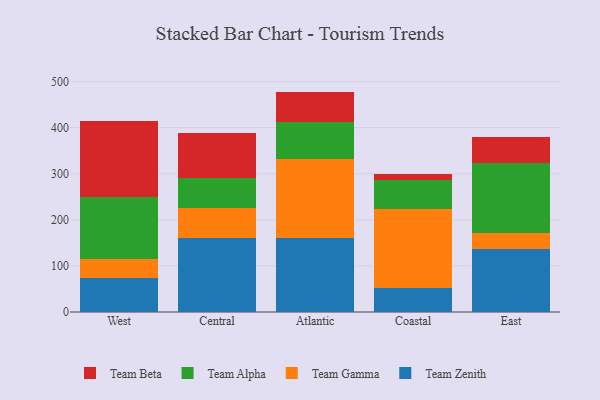
{"axis": {"x": "Region", "y": "Latency (ms)"}, "legend": ["Team Alpha", "Team Beta", "Team Gamma", "Team Zenith"], "data": [{"x": "West", "y": 73.8, "type": "Team Zenith"}, {"x": "West", "y": 41.6, "type": "Team Gamma"}, {"x": "West", "y": 134.4, "type": "Team Alpha"}, {"x": "West", "y": 164.2, "type": "Team Beta"}, {"x": "Central", "y": 160.0, "type": "Team Zenith"}, {"x": "Central", "y": 66.1, "type": "Team Gamma"}, {"x": "Central", "y": 65.0, "type": "Team Alpha"}, {"x": "Central", "y": 97.2, "type": "Team Beta"}, {"x": "Atlantic", "y": 159.9, "type": "Team Zenith"}, {"x": "Atlantic", "y": 171.8, "type": "Team Gamma"}, {"x": "Atlantic", "y": 80.7, "type": "Team Alpha"}, {"x": "Atlantic", "y": 65.8, "type": "Team Beta"}, {"x": "Coastal", "y": 52.6, "type": "Team Zenith"}, {"x": "Coastal", "y": 170.7, "type": "Team Gamma"}, {"x": "Coastal", "y": 64.0, "type": "Team Alpha"}, {"x": "Coastal", "y": 12.4, "type": "Team Beta"}, {"x": "East", "y": 137.0, "type": "Team Zenith"}, {"x": "East", "y": 35.5, "type": "Team Gamma"}, {"x": "East", "y": 149.8, "type": "Team Alpha"}, {"x": "East", "y": 57.4, "type": "Team Beta"}]}